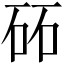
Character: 砳